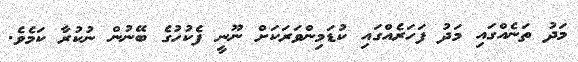
މަދު ތަނެއްގައި މަދު ފަހަރެއްގައި ކުޑަމިންވަރަކަށް ނޫނީ ފެކުހުގެ ބޭނުން ނުކުރާ ކަމެވެ.